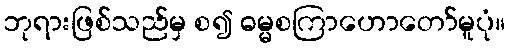
ဘုရားဖြစ်သည်မှ စ၍ ဓမ္မစကြာဟောတော်မူပုံ။